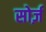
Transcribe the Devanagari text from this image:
सोर्ज़